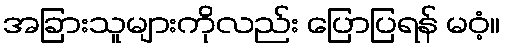
အခြားသူများကိုလည်း ပြောပြရန် မဝံ့။